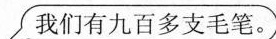
我们有九百多支毛笔。